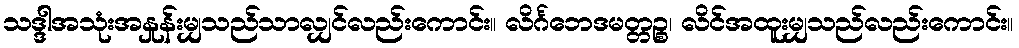
သဒ္ဒါအသုံးအနှုန်းမျှသည်သာလျှင်လည်းကောင်း။ လိင်္ဂဘေဒမတ္တဉ္စ၊ လိင်အထူးမျှသည်လည်းကောင်း။